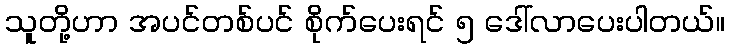
သူတို့ဟာ အပင်တစ်ပင် စိုက်ပေးရင် ၅ ဒေါ်လာပေးပါတယ်။